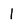
Character: 1